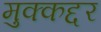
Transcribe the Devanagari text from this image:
मुक्कद्दर